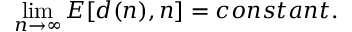
\operatorname * { l i m } _ { n \rightarrow \infty } { \cal E } [ d ( n ) , n ] = c o n s t a n t .